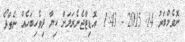
ނޮވެމްބަރު 14